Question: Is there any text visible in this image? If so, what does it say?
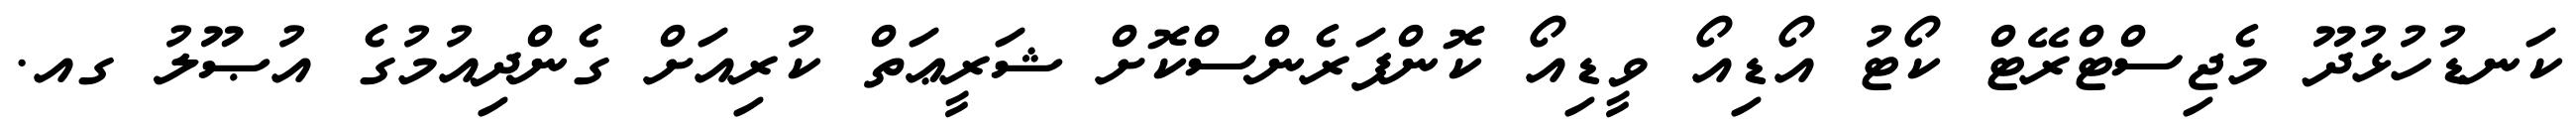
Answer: ކަނޑުހުޅުދޫ މެޖިސްޓްރޭޓް ކޯޓު އޯޑިއޯ ވީޑިއޯ ކޮންފަރެންސްކޮށް ޝަރީޢަތް ކުރިއަށް ގެންދިއުމުގެ އުޞޫލު ގއ.